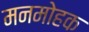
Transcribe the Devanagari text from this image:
मनमोहक